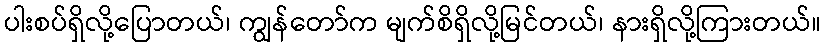
ပါးစပ်ရှိလို့ပြောတယ်၊ ကျွန်တော်က မျက်စိရှိလို့မြင်တယ်၊ နားရှိလို့ကြားတယ်။